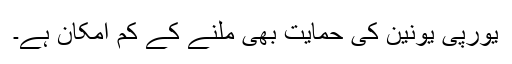
یورپی یونین کی حمایت بھی ملنے کے کم امکان ہے۔